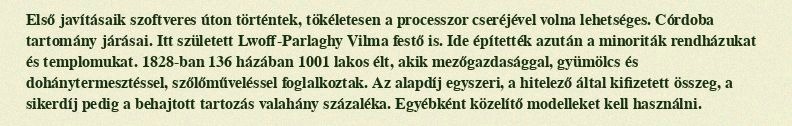
Első javításaik szoftveres úton történtek, tökéletesen a processzor cseréjével volna lehetséges. Córdoba tartomány járásai. Itt született Lwoff-Parlaghy Vilma festő is. Ide építették azután a minoriták rendházukat és templomukat. 1828-ban 136 házában 1001 lakos élt, akik mezőgazdasággal, gyümölcs és dohánytermesztéssel, szőlőműveléssel foglalkoztak. Az alapdíj egyszeri, a hitelező által kifizetett összeg, a sikerdíj pedig a behajtott tartozás valahány százaléka. Egyébként közelítő modelleket kell használni.